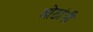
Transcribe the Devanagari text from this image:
ओठांनी